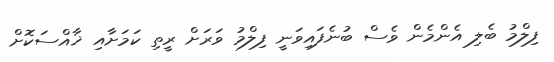
ފިލްމު ބެލި އެންމެން ވެސް ބުނެފައިވަނީ ފިލްމު ވަރަށް ރީތި ކަމަށާއި ޚާއްސަކޮށް